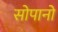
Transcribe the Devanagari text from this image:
सोपानो